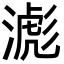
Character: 滮